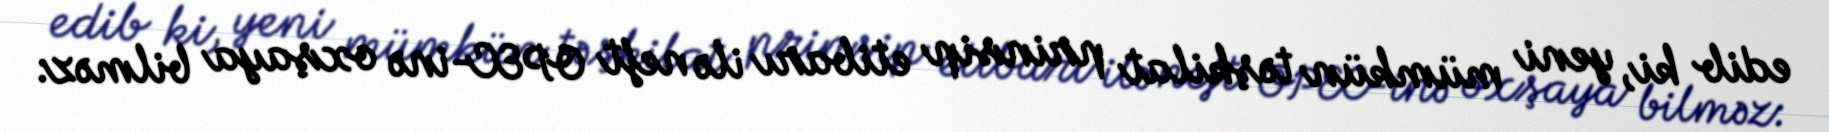
edib ki, yeni mümkün təşkilat prinsip etibarı ilə neft OPEC-inə oxşaya bilməz: